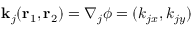
\mathbf { k } _ { j } ( \mathbf { r } _ { 1 } , \mathbf { r } _ { 2 } ) = \nabla _ { j } \phi = ( k _ { j x } , k _ { j y } )